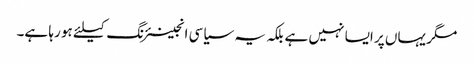
مگر یہاں پر ایسا نہیں ہے بلکہ یہ سیاسی انجینئرنگ کیلئے ہو رہا ہے۔